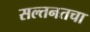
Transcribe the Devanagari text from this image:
सल्तनतचा